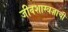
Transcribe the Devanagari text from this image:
जीवशास्त्रज्ञाची